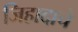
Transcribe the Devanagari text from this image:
जिहादाचे